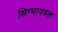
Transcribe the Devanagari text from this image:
सिग्मायडल